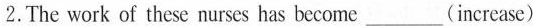
2.The work of these nurseshas become___(imerease)